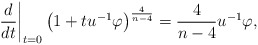
\begin{align*}\left. \frac{d}{dt}\right\vert _{t=0}\left( 1+tu^{-1}\varphi \right) ^{\frac{4}{n-4}}=\frac{4}{n-4}u^{-1}\varphi , \end{align*}